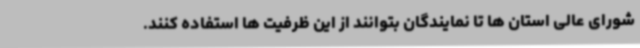
شورای عالی استان ها تا نمایندگان بتوانند از این ظرفیت ها استفاده کنند.